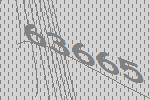
63665